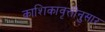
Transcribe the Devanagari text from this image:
काशिकावृत्तीनुसार